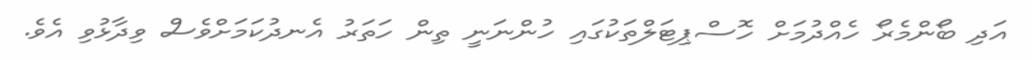
އަދި ބޯންމެރޯ ހެއްދުމަށް ހޮސްޕިޓަލްތަކުގައި ހުންނަނީ ތިން ހަތަރު އެނދުކަމަށްވެސް ވިދާޅުވި އެވެ.